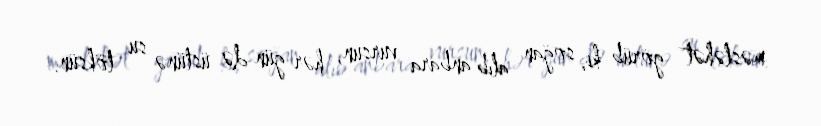
məsləhət görüb ki, soğan alıb anbara vursun, hər gün də üstünə su töksün.